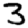
Digit: 3